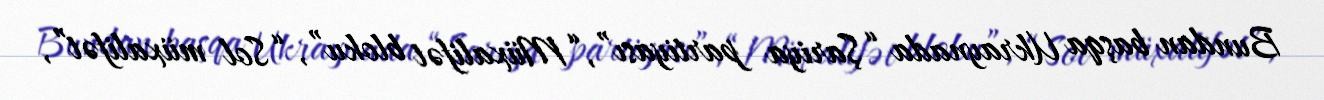
Bundan başqa Ukraynada “Şariya partiyası”, “Müxalifət bloku”, “Sol müxalifət”,